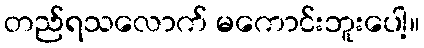
တည်ရသလောက် မကောင်းဘူးပေါ့။